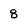
Character: 8